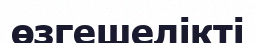
өзгешелікті